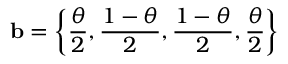
{ \bf b } = \left\{ \frac { \theta } { 2 } , \frac { 1 - \theta } { 2 } , \frac { 1 - \theta } { 2 } , \frac { \theta } { 2 } \right\}